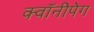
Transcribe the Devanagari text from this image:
क्वॉनीपेग